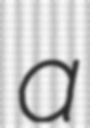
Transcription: a